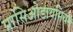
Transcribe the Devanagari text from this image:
प्रासिओडायमियम